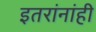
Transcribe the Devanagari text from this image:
इतरांनांही